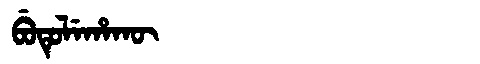
Manchu: ᠪᡠᡨᡠᠯᡝᡥᠠᡴᡡ
Romanization: BUTULEHAKŪ